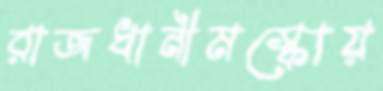
রাজধানীমস্কোয়